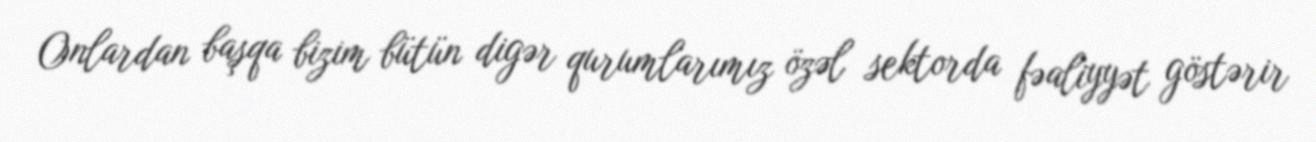
Onlardan başqa bizim bütün digər qurumlarımız özəl sektorda fəaliyyət göstərir